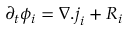
\partial _ { t } \phi _ { i } = \nabla . \boldsymbol { j } _ { i } + R _ { i }